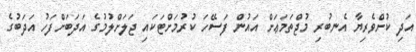
އަދި ކުށްވެރިޔާ އެނބުރި މުޖްތަމަޢަށް އައުން ފަސޭހަ ކުރުމަށްޓަކައި ޖަލަށްލުމުގެ އަދަބަށްފަހު އަދަބުގެ